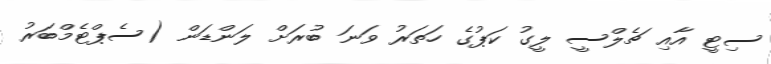
ސިޓީ އާއި ޗެލްސީ ލީގު ކަޕުގެ ހަތަރު ވަނަ ބުރަށް ލަންޑަން (ސެޕްޓެމްބަރު